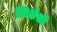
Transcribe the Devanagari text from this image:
शिक्षेशी